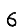
Digit: 6